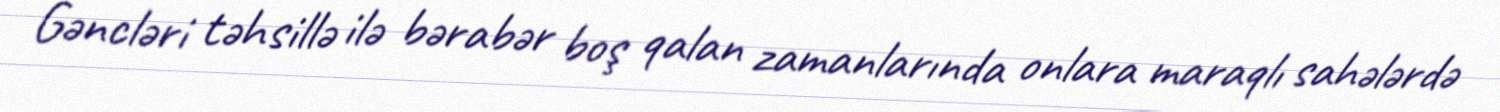
Gəncləri təhsillə ilə bərabər boş qalan zamanlarında onlara maraqlı sahələrdə